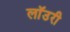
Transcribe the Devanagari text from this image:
लाॅउरी